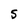
Character: S